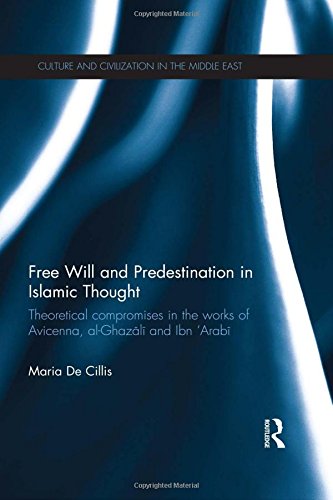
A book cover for Free Will and Predestination in Islamic Thought: Theoretical Compromises in the Works of Avicenna, al-Ghazali and Ibn 'Arabi (Routledge A Level English Guides); Maria De Cillis; Politics & Social Sciences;